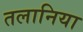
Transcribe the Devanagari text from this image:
तलानिया